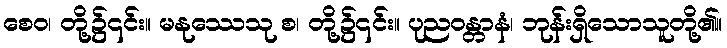
စေဝ၊ တို့၌၎င်း။ မနုဿေသု စ၊ တို့၌၎င်း။ ပုညဝန္တာနံ၊ ဘုန်းရှိသောသူတို့၏။